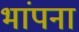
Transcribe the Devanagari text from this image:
भांपना